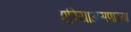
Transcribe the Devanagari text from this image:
एरियाअसणार्‍या